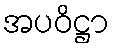
အပဝိဋ္ဌာ